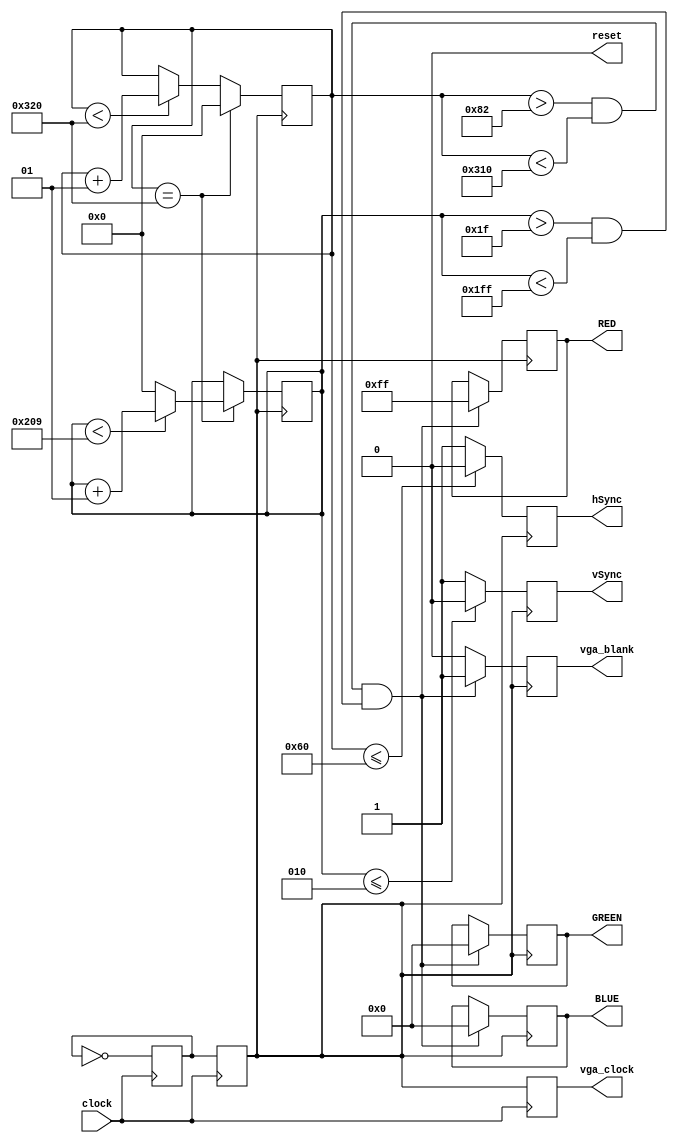
module VGA_Controller(clock, hSync, vSync, RED, BLUE, GREEN, vga_blank, vga_clock, reset);

input clock;
output reg hSync = 1'b1;
output reg vSync = 1'b1;
output reg [7:0] RED;
output reg [7:0] BLUE;
output reg [7:0] GREEN;
output reg vga_blank = 1'b0;
output reg vga_clock;
output reg reset = 1'b0;

reg q = 1'b0;
reg slow_clock;

integer x_count = 0;
integer y_count = 0;

integer x_max = 800;
integer y_max = 521;

//50MHz -> 25MHz
always@(posedge clock)
	begin
		if(reset)
			begin
				q <= 1'b0;
				
			end
		else
			begin
				q <= ~q;
				slow_clock <= q;
				vga_clock <= slow_clock;
			end
		
	end

always@(posedge slow_clock)
	begin
		//increment until 800
//		if(reset)
//			begin
//				x_count <= 0;
//				y_count <= 0;
//				hSync <= 1'b1;
//				vSync <= 1'b1;
//			end
//		else
//			begin
				if(x_count < x_max)
					begin
					x_count <= x_count + 1;
					end
				//once we've reached the max, reset x
//				else
//					begin
//					x_count <= 0;
//					end
				//once we've reached the horizontal end
				if(x_count == x_max)
					begin
					x_count <= 0;
					//if we're not at the vertical end, increment y
					if(y_count < y_max)
						begin
						y_count <= y_count + 1;
						end
					else
					//if we are at the vertical end, reset y
						begin
						y_count <= 0;
						end
					end
//			end

		
		//start displaying
		if((x_count > 130 && x_count < 784) && (y_count > 31 && y_count < 511))
			begin
				GREEN <= 8'b0000_0000;
				RED <= 8'b1111_1111;
				BLUE <= 8'b0000_0000;
				vga_blank <= 1'b1;
			end
		else
			begin
			vga_blank <= 1'b0;
			end
		//if we've reached the horizontal end, reset hSync
		if(x_count <= 96)
			begin
			hSync <= 1'b0;
			end
		else
			begin
			hSync <= 1'b1;
			end
		//if we've reached the horizontal end and the vertical end, reset vSync and hSync
		if(y_count <= 2)
			begin
			vSync <= 1'b0;
			end
		else
			begin
			vSync <= 1'b1;
			end
	end
endmodule